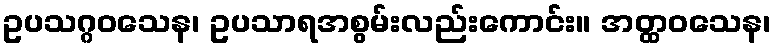
ဥပသဂ္ဂဝသေန၊ ဥပသာရအစွမ်းလည်းကောင်း။ အတ္ထဝသေန၊